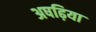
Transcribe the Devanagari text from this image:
अषढ़िया